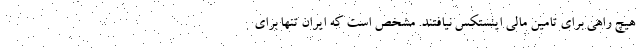
هیچ راهی برای تامین مالی اینستکس نیافتند. مشخص است که ایران تنها برای